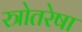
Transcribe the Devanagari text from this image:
स्त्रोतरेषा